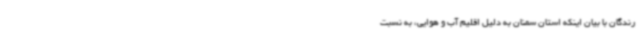
رندگان با بیان اینکه استان سمنان به دلیل اقلیم آب و هوایی، به نسبت